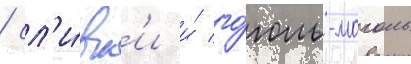
/ сл'и́вк'и и́ го́голь-моголь